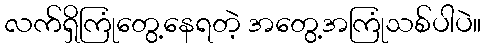
လက်ရှိကြုံတွေ့နေရတဲ့ အတွေ့အကြုံသစ်ပါပဲ။